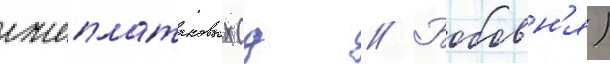
лжеплатановых (д // Бобовн'я)